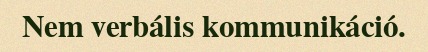
Nem verbális kommunikáció.